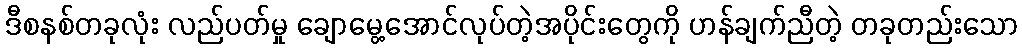
ဒီစနစ်တခုလုံး လည်ပတ်မှု ချောမွေ့အောင်လုပ်တဲ့အပိုင်းတွေကို ဟန်ချက်ညီတဲ့ တခုတည်းသော